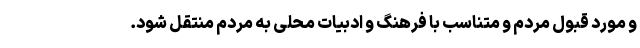
و مورد قبول مردم و متناسب با فرهنگ و ادبیات محلی به مردم منتقل شود.